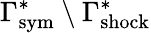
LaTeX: \Gamma_{\mathrm{{sym}}}^{*}\setminus\Gamma_{\mathrm{{shock}}}^{*}